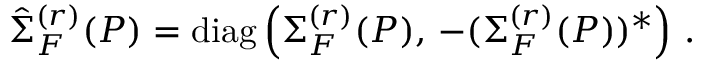
\hat { \Sigma } _ { F } ^ { ( r ) } ( P ) = \mathrm { d i a g } \left( \Sigma _ { F } ^ { ( r ) } ( P ) , \, - ( \Sigma _ { F } ^ { ( r ) } ( P ) ) ^ { * } \right) \, .